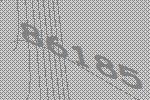
86185